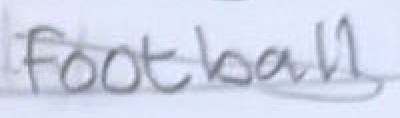
Text: football
Cross-out: diagonal
Writing tool: pencil